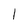
Character: I